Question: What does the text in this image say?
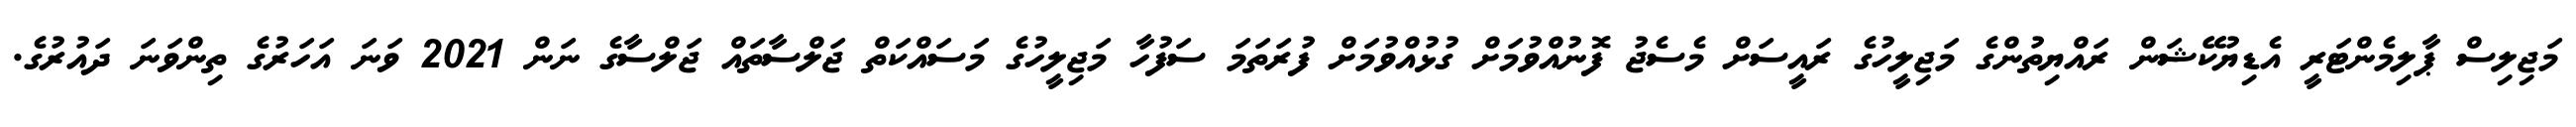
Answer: މަޖިލިސް ޕާލިމެންޓަރީ އެޑިޔުކޭޝަން ރައްޔިތުންގެ މަޖިލީހުގެ ރައީސަށް މެސެޖު ފޮނުއްވުމަށް ގުޅުއްވުމަށް ފުރަތަމަ ސަފުހާ މަޖިލީހުގެ މަސައްކަތް ޖަލްސާތައް ޖަލްސާގެ ނަން 2021 ވަނަ އަހަރުގެ ތިންވަނަ ދައުރުގެ.